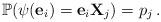
LaTeX: \begin{align*} \mathbb{P}(\psi(\mathbf{e}_{i}) = \mathbf{e}_{i} \mathbf{X}_j) = p_j \,.\end{align*}